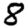
Digit: 8